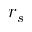
r _ { s }